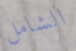
الشامل